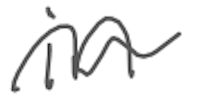
Text: in
Cross-out: wave
Writing tool: digital_gray